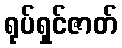
ရုပ်ရှင်ဇာတ်